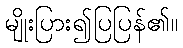
မျိုးပြား၍ပြပြန်၏။